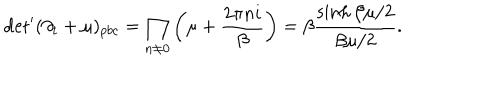
\mathrm { d e t } ^ { \prime } ( \partial _ { t } + \mu ) _ { p b c } = \prod _ { n \neq 0 } \left( \mu + \frac { 2 \pi n i } { \beta } \right) = \beta \frac { \sinh \beta \mu / 2 } { \beta \mu / 2 } .